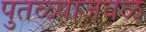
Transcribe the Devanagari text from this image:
पुतळ्याजवळ